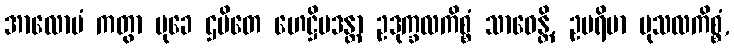
အာလောပံ ကတွာ မုခေ ဌပိတေ ဟေဋ္ဌိမဒန္တာ ဥဒုက္ခလကိစ္စံ သာဓေန္တိ, ဥပရိမာ မုသလကိစ္စံ,